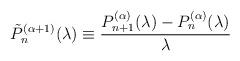
LaTeX: \begin{align*}\tilde{P}_n^{(\alpha+1)}(\lambda) \equiv \frac{P^{(\alpha)}_{n+1}(\lambda)-P^{(\alpha)}_n(\lambda)}{\lambda}\end{align*}